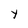
Character: y